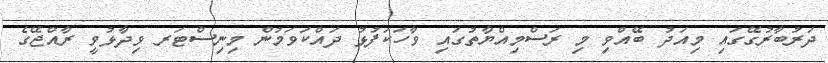
ދަރުބާރުގޭގައި މިއަދު ބޭއްވި މި ރަސްމިއްޔާތުގައި ވާހަކަފުޅު ދައްކަވަމުން މިނިސްޓަރ ވިދާޅުވީ ރާއްޖޭގެ